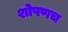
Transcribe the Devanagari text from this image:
शोषणच